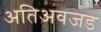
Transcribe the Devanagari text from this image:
अतिअवजड